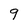
Character: 9